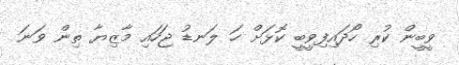
ވީބީން ކުރި ހޯދައިފިވީބީ ކޮޅަށް ހަ ލަނޑު ޖަހައި މާޒިޔާ ތިން ވަނަ